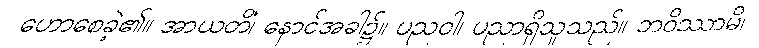
ဟောစေခဲ့၏။ အာယတိံ၊ နောင်အခါ၌။ ပညဝါ၊ ပညာရှိသူသည်။ ဘဝိဿာမိ၊